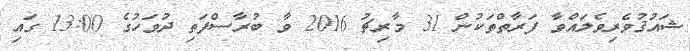
ޝައުޤުވެރިވެލައްވާ ފަރާތްތަކުން 31 މާރިޗު 2016 ވާ ބުރާސްފަތި ދުވަހުގެ 13:00 ގައި